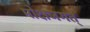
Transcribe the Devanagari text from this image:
मोक्षजगत्